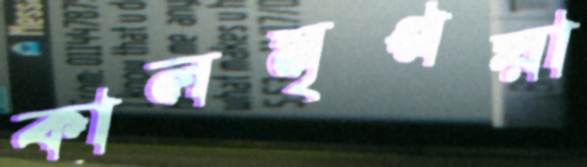
কালমৃগয়া